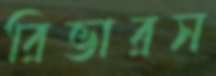
রিভারস